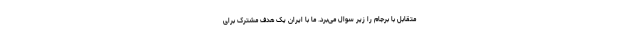
متقابل با برجام را زیر سوال می‌برد. ما با ایران یک هدف مشترک برای